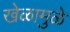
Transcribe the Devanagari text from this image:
खेळामुळे